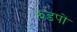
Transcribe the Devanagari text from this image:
झडपों